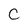
Character: c